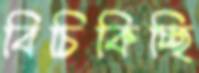
বিচিকিচ্ছি